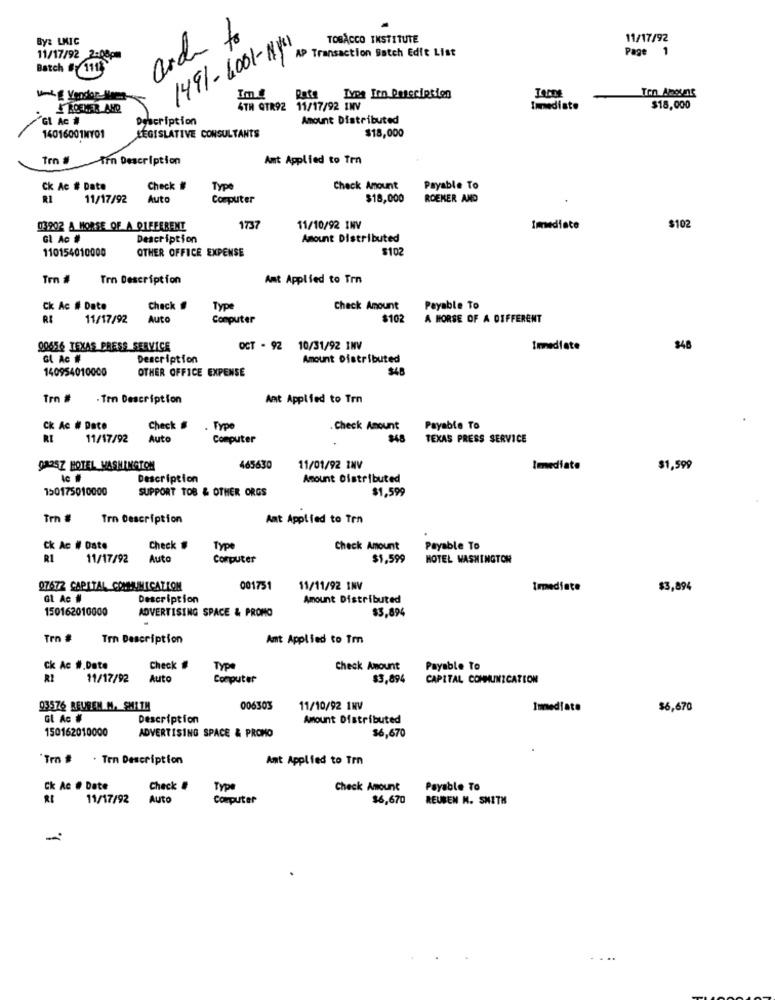
By: LMIC
arch to
TOBACCO INSTITUTE
11/17/92
11/17/92
1491-4001-141
AP Transaction Batch Edit List
Page 1
Batch # 1113
Im.i
Tvos Inn Description
Ton Amounts
Y ROEMER AND
4TH QTR92 11/17/92 INV
Immediato
$18,000
Gl Ac #
Description
Amount Distributed
LEGISLATIVE CONSULTANTS
$18,000
14016001NY01
Trn #
Arn Description
Amt Applied to Trn
Ck Ac # Date
Check #
Type
Check Amount
Payable To
11/17/92
Auto
Computer
$18,000
ROEKER AND
03902 A HORSE OF A DIFFERENT
1737
11/10/92 INV
Immediate
$102
GL Ac #
Description
Amount Distributed
110154010000
OTHER OFFICE EXPENSE
$102
Trn #
Trn Description
Amt Applied to Trn
Ck Ac # Date
Check
Type
Check Amount
Payable To
11/17/92
Auto
Computer
$102
A HORSE OF A DIFFERENT
00656 TEXAS PRESS SERVICE
OCT - 92 10/31/92 INV
Immediate
$48
GL Ac #
Description
Amount Distributed
140954010000
OTHER OFFICE EXPENSE
$48
Trn #
. Trn Description
Ant Applied to Trn
Ck Ac # Dato
Check#
Type
Check Amount
Payable To
11/17/92
Auto
Computer
348
TEXAS PRESS SERVICE
0825Z HOTEL WASHINGTON
465630
11/01/92 INV
Imediato
$1,599
Description
Amount Distributed
150175010000
SUPPORT TOB & OTHER ORGS
$1,599
Trn #
Trn Description
Amt Applied to Trn
Ck Ac # Date
Check #
Type
Check Amount
Payable To
R1
11/17/92
Auta
Computer
$1.599
HOTEL WASHINGTON
07672 CAPITAL COMMUNICATION
001751
11/11/92 INV
Immediate
$3,894
Gt Ac #
Description
Amount Distributed
150162010000
ADVERTISING SPACE & PROMO
$5,894
Trn #
Trn Description
Amt Applied to Tmn
Ck Ac #.Date
Check #
Type
Check Amount
Payable To
RI
11/17/92
Auto
Computer
$3,894
CAPITAL COMMUNICATION
03576 REUBEN M. SMITH
006303
11/10/92 1NV
Immediate
$6,670
Gl Ac #
Description
Amount Distributed
150162010000
ADVERTISING SPACE & PROMO
$6,670
Trn # . Ten Description
Ant Applied to Trn
Ck Ac # Date
Check #
Type
Check Amount
Payable To
RI
11/17/92
Auto
Computer
$6,670
REUBEN M. SMITH